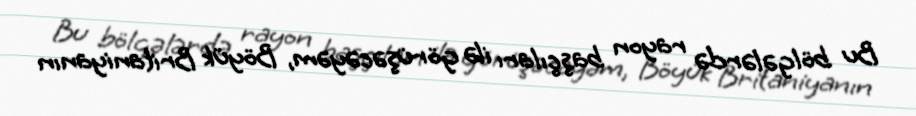
Bu bölgələrdə rayon başçıları ilə görüşəcəyəm, Böyük Britaniyanın